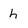
Character: h